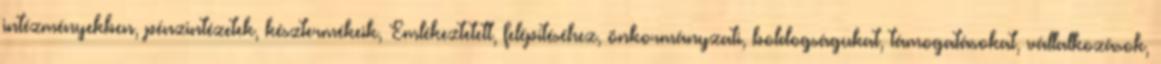
intézményekben, pénzintézetek, késztermékeik, Emlékeztetett, felépítéséhez, önkormányzati, boldogságukat, támogatásokat, vállalkozások,